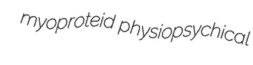
myoproteid physiopsychical